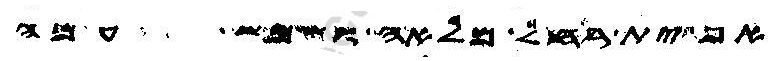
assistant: ית רחל מלאה ושמש עמה